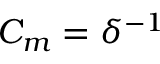
C _ { m } = \delta ^ { - 1 }